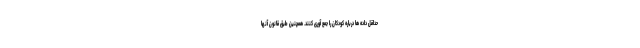
حداقل داده ها درباره کودکان را جمع آوری کنند. همچنین طبق قانون آنها